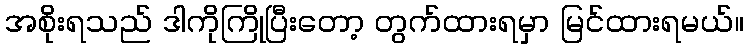
အစိုးရသည် ဒါကိုကြိုပြီးတော့ တွက်ထားရမှာ မြင်ထားရမယ်။